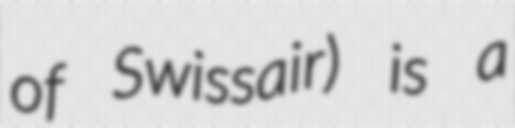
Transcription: of Swissair) is a